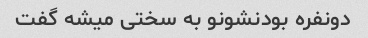
دونفره بودنشونو به سختی میشه گفت